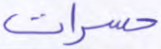
حسرات